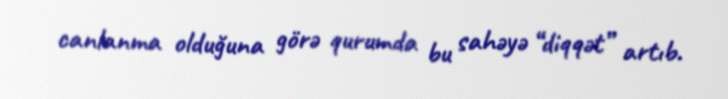
canlanma olduğuna görə qurumda bu sahəyə “diqqət” artıb.